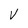
Character: V